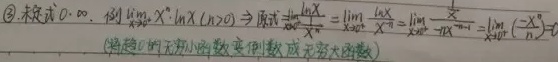
\textcircled{2} 求 \(\lim\limits_{x \to 0^{+}} x^{n}\ln x(n > 0)\)，原式 \(\overset{0\cdot\infty}{=}\lim\limits_{x \to 0^{+}}\frac{\ln x}{\frac{1}{x^{n}}}=\lim\limits_{x \to 0^{+}}\frac{\frac{1}{x}}{-nx^{-n - 1}}=\lim\limits_{x \to 0^{+}}\frac{-x^{n}}{n}=0\)（将趋向 \(0\) 的无穷小函数变倒数成为无穷大函数）